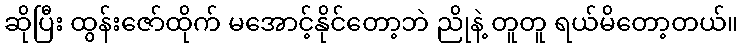
ဆိုပြီး ထွန်းဇော်ထိုက် မအောင့်နိုင်တော့ဘဲ ညိုနဲ့ တူတူ ရယ်မိတော့တယ်။